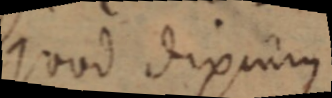
quod diximus